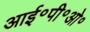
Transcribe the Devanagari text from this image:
आई॰पी॰ओ॰